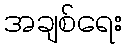
အချစ်ရေး